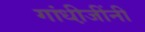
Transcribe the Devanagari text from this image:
गांधी़जींनी